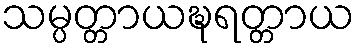
သမ္ပတ္တာယဍ္ဎရတ္တာယ